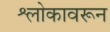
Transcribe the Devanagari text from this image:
श्लोकावरून